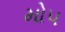
મોપ